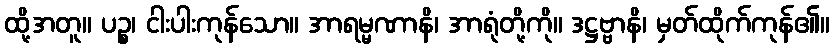
ထို့အတူ။ ပဉ္စ၊ ငါးပါးကုန်သော။ အာရမ္မဏာနိ၊ အာရုံတို့ကို။ ဒဋ္ဌဗ္ဗာနိ၊ မှတ်ထိုက်ကုန်၏။